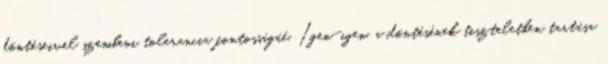
döntéseivel szembeni tolerancia fontosságáé. Igen-igen, a döntésének tiszteletben tartása